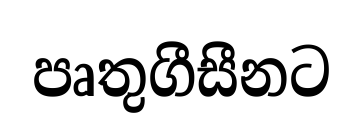
පෘතුගීසීනට